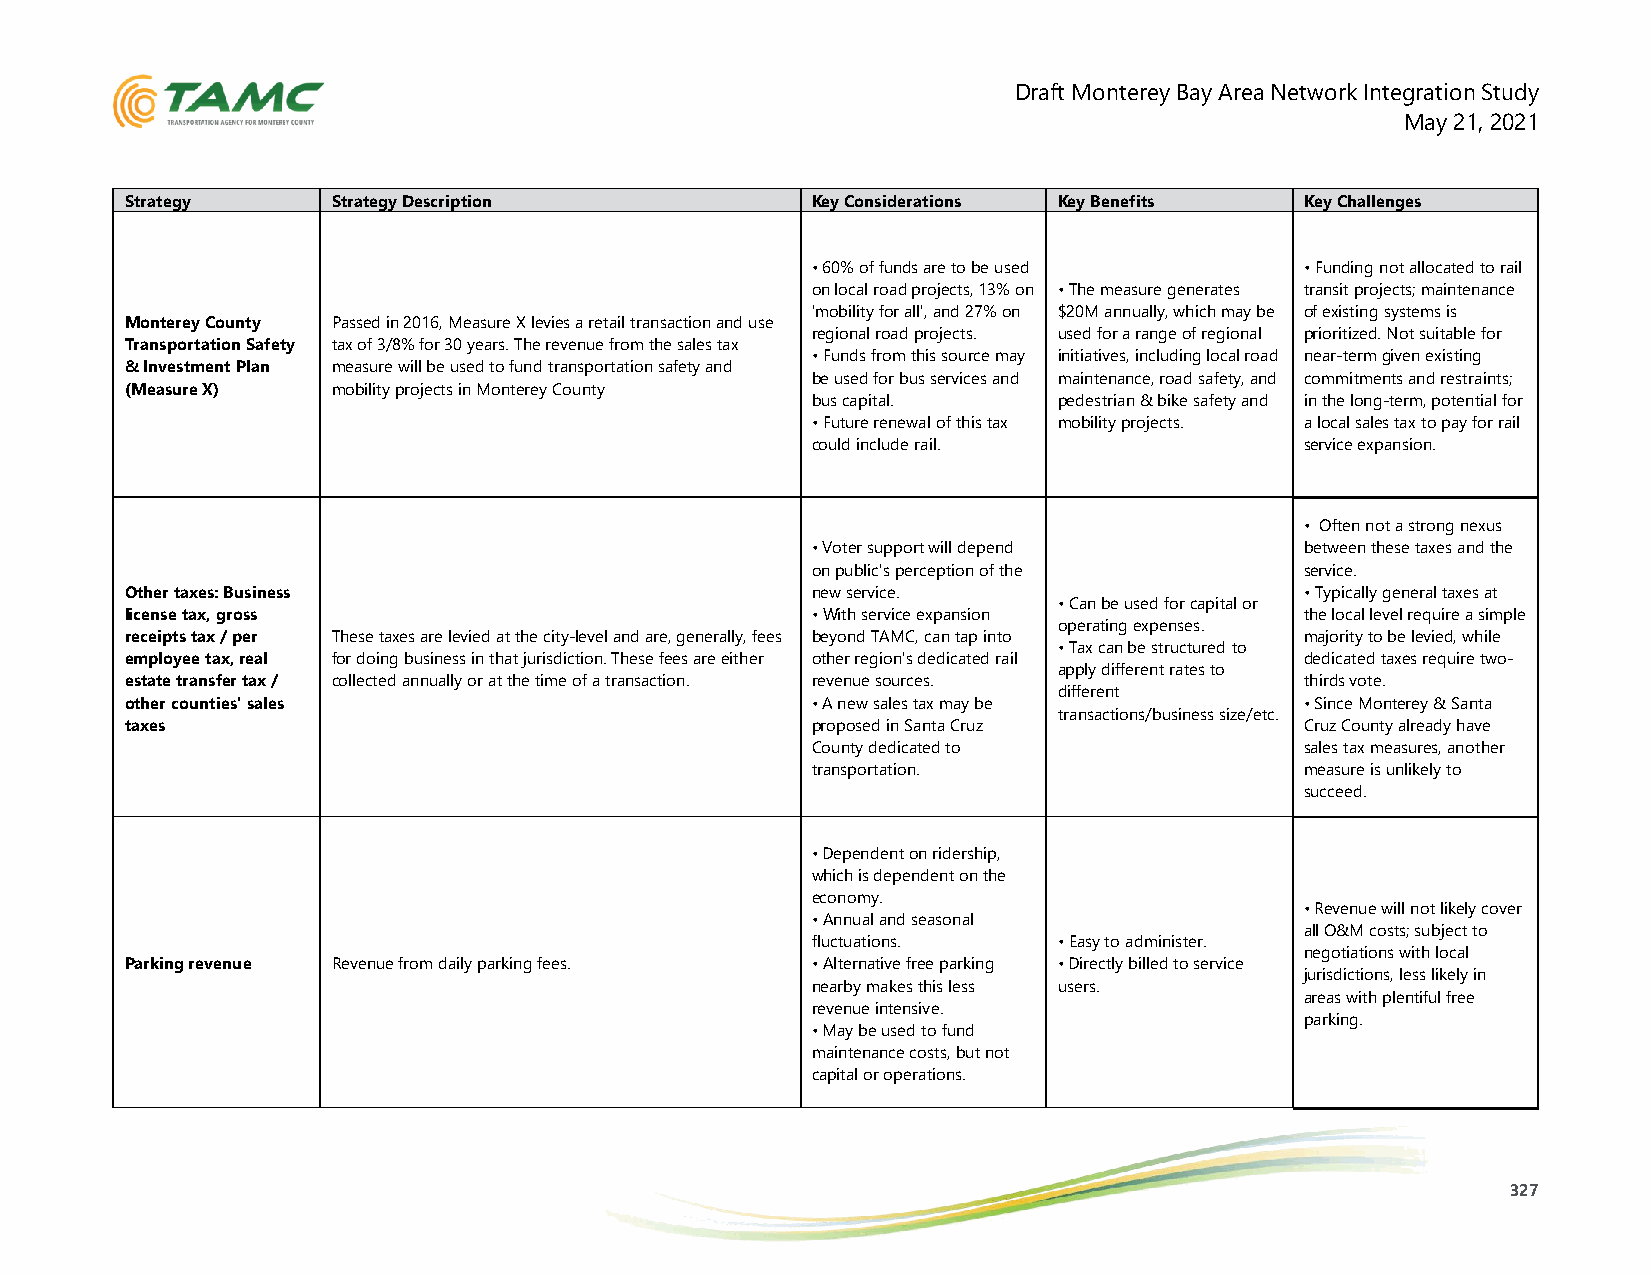
Draft Monterey Bay Area Network Integration Study
 May 21, 2021
 Strategy      Strategy Description            Key Considerations Key Benefits Key Challenges
 • 60% of funds are to be used   • Funding not allocated to rail
 on local road projects, 13% on • The measure generates transit projects; maintenance
 'mobility for all', and 27% on $20M annually, which may be of existing systems is
 Monterey County Passed in 2016, Measure X levies a retail transaction and use
 regional road projects. used for a range of regional prioritized. Not suitable for
 Transportation Safety tax of 3/8% for 30 years. The revenue from the sales tax
 • Funds from this source may initiatives, including local road near-term given existing
 & Investment Plan measure will be used to fund transportation safety and
 be used for bus services and maintenance, road safety, and commitments and restraints;
 (Measure X)   mobility projects in Monterey County
 bus capital.    pedestrian & bike safety and in the long-term, potential for
 • Future renewal of this tax mobility projects. a local sales tax to pay for rail
 could include rail.             service expansion.
 • Often not a strong nexus
 • Voter support will depend     between these taxes and the
 on public's perception of the   service.
 Other taxes: Business                         new service.                    • Typically general taxes at
 • Can be used for capital or
 license tax, gross                            • With service expansion        the local level require a simple
 operating expenses.
 receipts tax / per These taxes are levied at the city-level and are, generally, fees beyond TAMC, can tap into majority to be levied, while
 • Tax can be structured to
 employee tax, real for doing business in that jurisdiction. These fees are either other region's dedicated rail dedicated taxes require two-
 apply different rates to
 estate transfer tax / collected annually or at the time of a transaction. revenue sources. thirds vote.
 different
 other counties' sales                         • A new sales tax may be        • Since Monterey & Santa
 transactions/business size/etc.
 taxes                                         proposed in Santa Cruz          Cruz County already have
 County dedicated to             sales tax measures, another
 transportation.                 measure is unlikely to
 succeed.
 • Dependent on ridership,
 which is dependent on the
 economy.
 • Revenue will not likely cover
 • Annual and seasonal
 all O&M costs; subject to
 fluctuations.   • Easy to administer.
 negotiations with local
 Parking revenue Revenue from daily parking fees. • Alternative free parking • Directly billed to service
 jurisdictions, less likely in
 nearby makes this less users.
 areas with plentiful free
 revenue intensive.
 parking.
 • May be used to fund
 maintenance costs, but not
 capital or operations.
 327